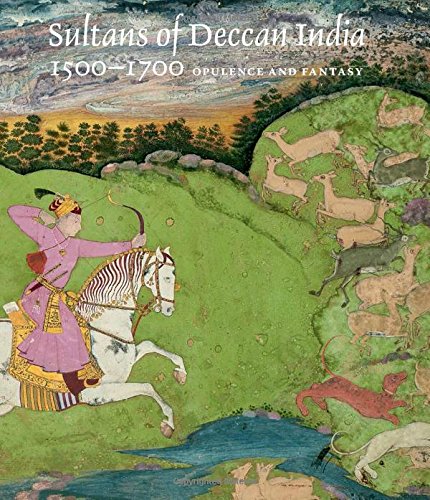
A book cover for Sultans of Deccan India, 1500EE1700: Opulence and Fantasy; Navina Najat Haidar; Arts & Photography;